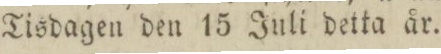
Tisdagen den 15 Juli detta år.